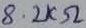
Text: 8.2kΩ